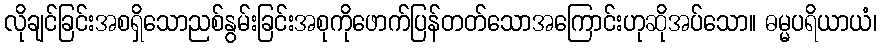
လိုချင်ခြင်းအစရှိသောညစ်နွမ်းခြင်းအစုကိုဖောက်ပြန်တတ်သောအကြောင်းဟုဆိုအပ်သော။ ဓမ္မပရိယာယံ၊